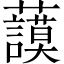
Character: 𧄲